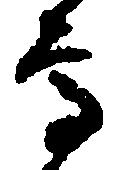
高